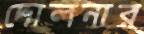
দোলনার